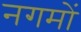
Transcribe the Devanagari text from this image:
नगमों